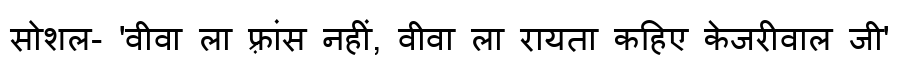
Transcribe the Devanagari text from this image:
सोशल- 'वीवा ला फ़्रांस नहीं, वीवा ला रायता कहिए केजरीवाल जी'